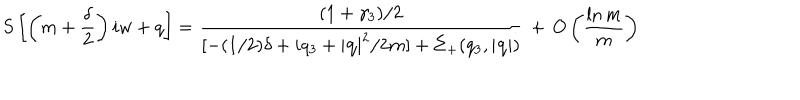
S \left[ \left( m + \frac { \delta } { 2 } \right) i w + q \right] = \frac { ( 1 + \gamma _ { 3 } ) / 2 } { [ - ( 1 / 2 ) \delta + i q _ { 3 } + \left| { \bf q } \right| ^ { 2 } / 2 m ] + \Sigma _ { + } ( q _ { 3 } , \left| { \bf q } \right| ) } \, + \, O \left( \frac { \ln m } { m } \right)